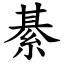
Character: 綦